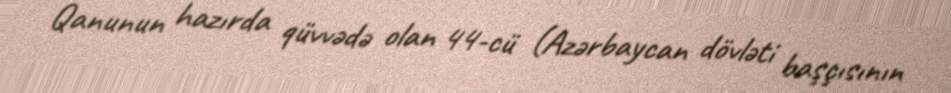
Qanunun hazırda qüvvədə olan 44-cü (Azərbaycan dövləti başçısının